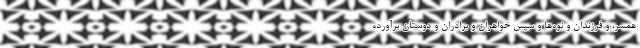
همسر، و فرزندان و نوه‌ها و سپس خواهران و برادران و دوستان برآورده